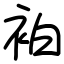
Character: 袙